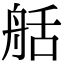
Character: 𦨯